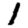
Digit: 1